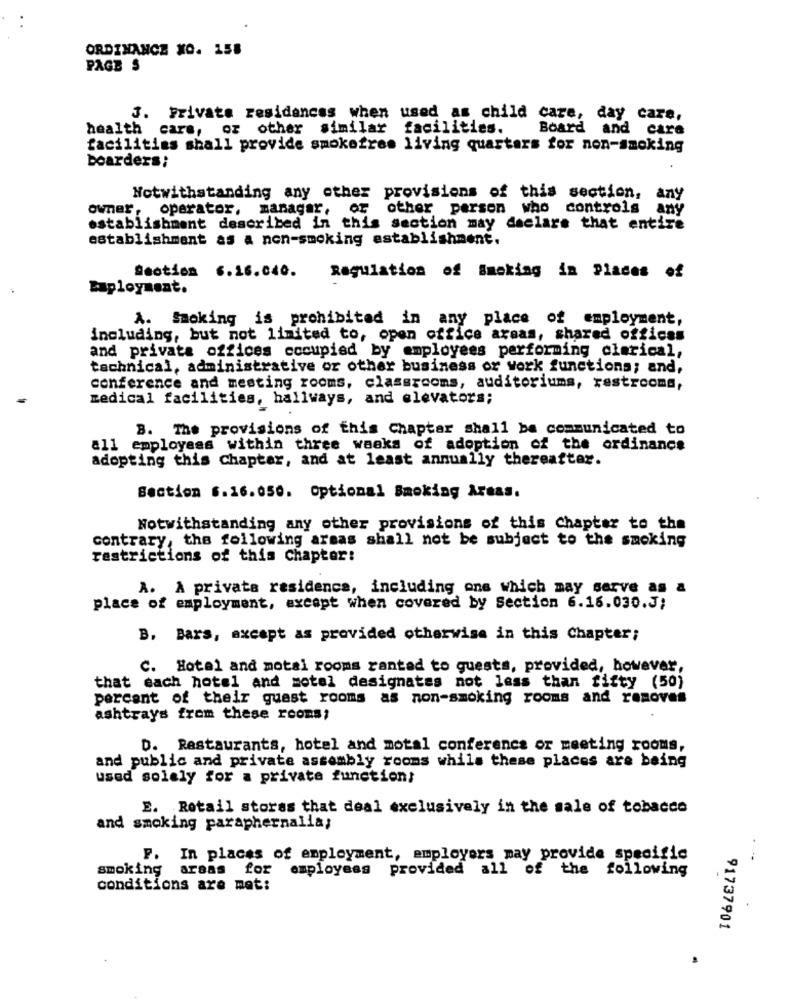
ORDINANCE NO. 158
PAGE S
3. Private residences when used as child care, day care,
health care, or other similar facilities.
Board and care
facilities shall provide smokefres living quarters for non-smoking
boarders;
Notwithstanding any other provisions of this section, any
owner, operator, manager, or other person who controls any
establishment described in this section may declare that entire
establishment as a non-smoking establishment.
Section 6.16.040.
Regulation of Smoking in Places of
Euployment.
A. Smoking is prohibited in any place of employment,
including, but not limited to, open office areas, shared offices
and privata offices occupied by employees performing clerical,
technical, administrative or other business or work functions; and,
conference and meeting rooms, classrooms, auditoriums, restrooms,
medical facilities, hallways, and elevators;
B. The provisions of this Chapter shall be communicated to
all employees within three weeks of adoption of the ordinance
adopting this chapter, and at least annually thereafter.
Section 6.16.050. optional Smoking Areas.
Notwithstanding any other provisions of this chapter to the
contrary, the following armas shall not be subject to the smoking
restrictions of this chapter:
A. A privata residence, including one which may serve as a
place of employment, except when covered by Section 6.16.030.J;
B. Bars, axcept as provided otherwise in this Chapter;
C. Hotel and motal rooms rantad to guests, provided, however,
that each hotel and motel designates not less than fifty (50)
percent of their guest rooms as non-smoking rooms and removes
ashtrays from these rooms;
D. Restaurants, hotel and motal conference or meeting rooms,
and public and private assembly rooms while these places are being
used solely for a private function;
E. Retail stores that deal exclusively in the sale of tobacco
and smoking paraphernalia;
F. In places of employment, employers may provide specific
.-
smoking areas for employees provided all of the following
conditions are met:
91737901